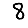
Digit: 8